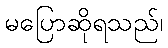
မပြောဆိုရသည်၊